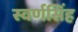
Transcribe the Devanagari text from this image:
स्वर्णसिंह